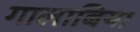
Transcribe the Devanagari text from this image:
गालाबिया